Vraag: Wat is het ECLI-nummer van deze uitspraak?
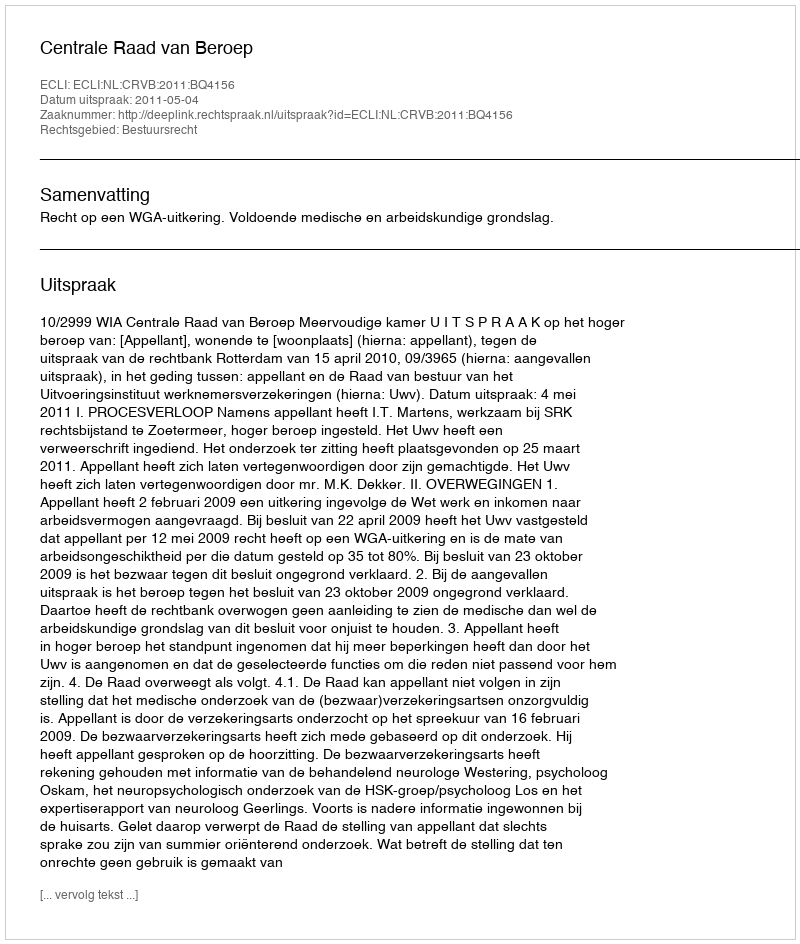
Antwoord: ECLI:NL:CRVB:2011:BQ4156